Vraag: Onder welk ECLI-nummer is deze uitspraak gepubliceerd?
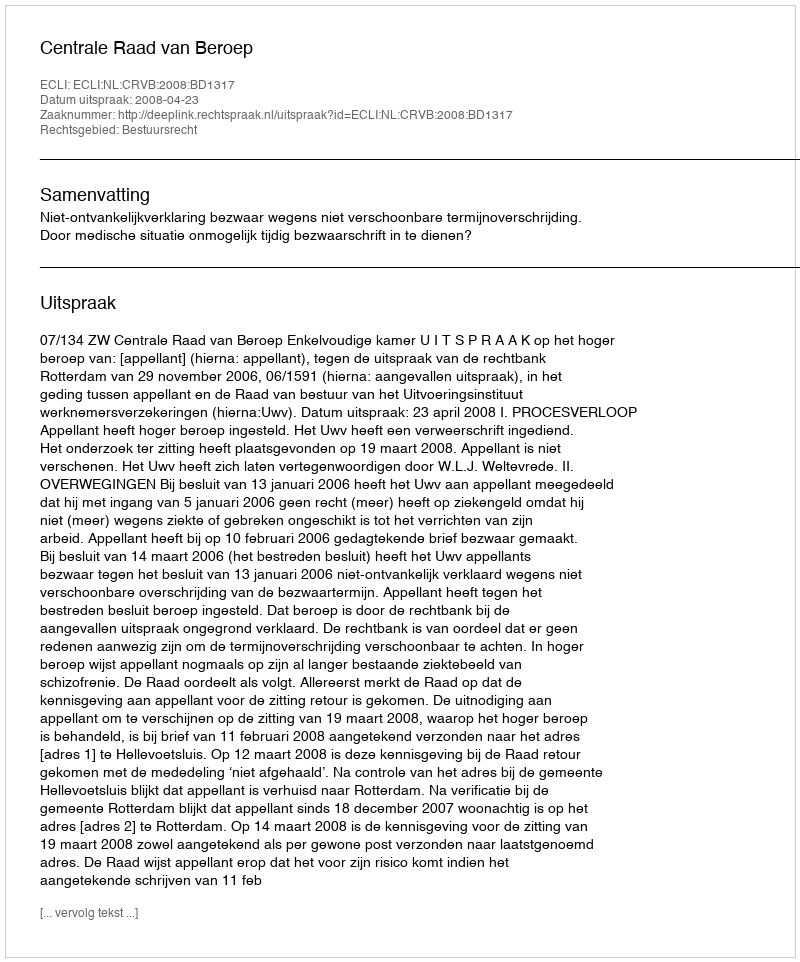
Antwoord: ECLI:NL:CRVB:2008:BD1317